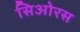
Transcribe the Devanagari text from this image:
सिओरस